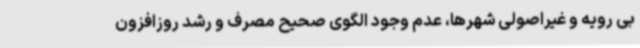
بی رویه و غیراصولی شهرها، عدم وجود الگوی صحیح مصرف و رشد روزافزون